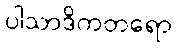
ပါသာဒိကတရော